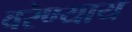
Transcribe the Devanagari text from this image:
वरेण्याय